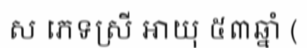
ស ភេទស្រី អាយុ ៥៣ឆ្នាំ (